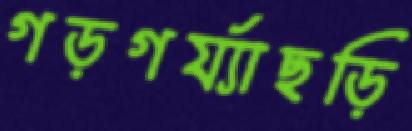
গড়গর্য্যাছড়ি